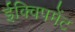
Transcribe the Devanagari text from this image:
ईक्विपमेंट